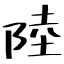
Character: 陸